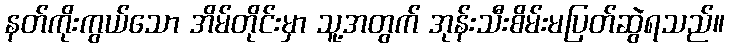
နတ်ကိုးကွယ်သော အိမ်တိုင်းမှာ သူ့အတွက် အုန်းသီးစိမ်းမပြတ်ဆွဲရသည်။